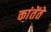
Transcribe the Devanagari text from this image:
कांतेंते